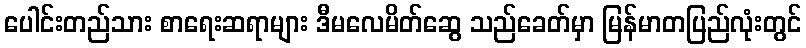
ပေါင်းတည်သား စာရေးဆရာများ ဒီမလေမိတ်ဆွေ သည်ခေတ်မှာ မြန်မာတပြည်လုံးတွင်